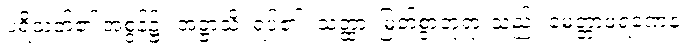
ပရိသတ်၏ အစွန်၌။ အဋ္ဌာသိ၊ ရပ်၏။ သတ္ထာ၊ မြတ်စွာဘုရားသည်။ မေတ္တာဖရဏေန၊